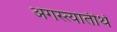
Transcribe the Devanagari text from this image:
अगस्त्यातीर्थ